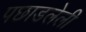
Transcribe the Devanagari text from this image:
पछाडलेली